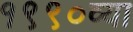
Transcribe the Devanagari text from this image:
१९९०व्या